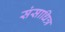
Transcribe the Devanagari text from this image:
संसाधित्र